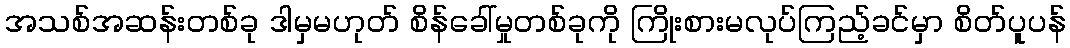
အသစ်အဆန်းတစ်ခု ဒါမှမဟုတ် စိန်ခေါ်မှုတစ်ခုကို ကြိုးစားမလုပ်ကြည့်ခင်မှာ စိတ်ပူပန်